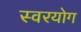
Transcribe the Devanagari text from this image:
स्वरयोग